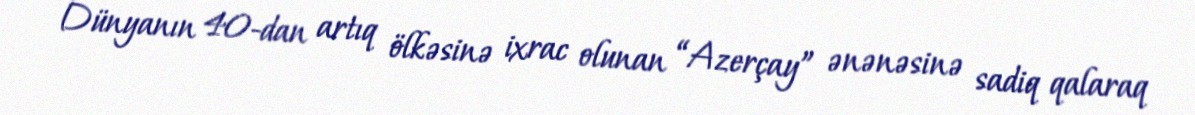
Dünyanın 40-dan artıq ölkəsinə ixrac olunan “Azerçay” ənənəsinə sadiq qalaraq